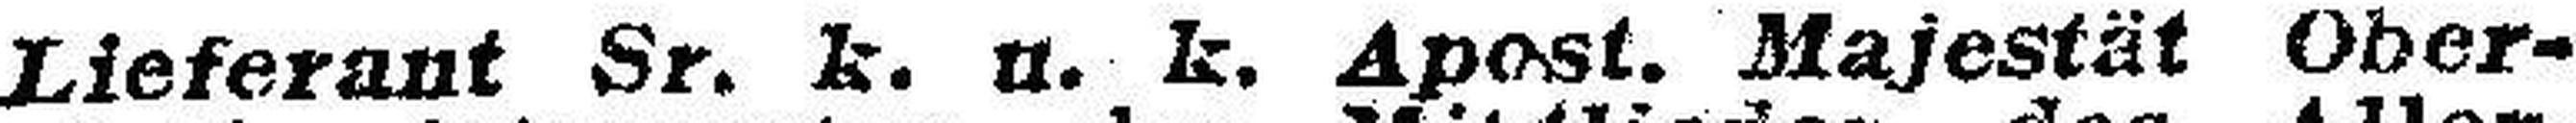
Lieferant Sr. k. u. k. Apost. Majestät Ober¬